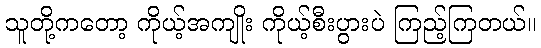
သူတို့ကတော့ ကိုယ့်အကျိုး ကိုယ့်စီးပွားပဲ ကြည့်ကြတယ်။